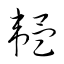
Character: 韞